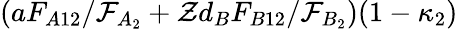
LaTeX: (aF_{A12}/\mathcal{F}_{A_{2}}+\mathcal{Z}d_{B}F_{B12}/\mathcal{F}_{B_{2}})(1-\kappa_{2})